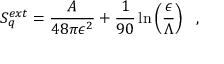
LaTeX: S _ { q } ^ { e x t } = { \frac { A } { 4 8 \pi \epsilon ^ { 2 } } } + { \frac { 1 } { 9 0 } } \ln \left( \frac { \epsilon } { \Lambda } \right) ~ ~ ,